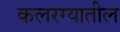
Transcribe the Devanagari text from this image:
कलरग्यातील